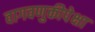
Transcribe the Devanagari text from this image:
वागवणुकीपेक्षा